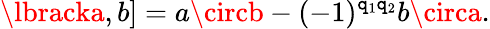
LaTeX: \lbracka,b]=a\circb-(-1)^{\mathtt{q}_{1}\mathtt{q}_{2}}b\circa.